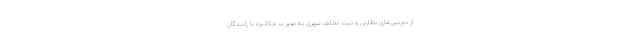
از دوربین‌های نظارتی و ثبت تخلف شهری به صورت مکانیزه با رانندگان